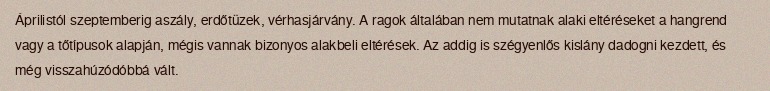
Áprilistól szeptemberig aszály, erdőtüzek, vérhasjárvány. A ragok általában nem mutatnak alaki eltéréseket a hangrend vagy a tőtípusok alapján, mégis vannak bizonyos alakbeli eltérések. Az addig is szégyenlős kislány dadogni kezdett, és még visszahúzódóbbá vált.